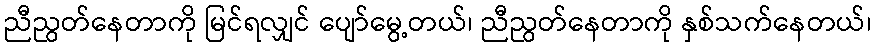
ညီညွတ်နေတာကို မြင်ရလျှင် ပျော်မွေ့တယ်၊ ညီညွတ်နေတာကို နှစ်သက်နေတယ်၊